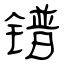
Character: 镨